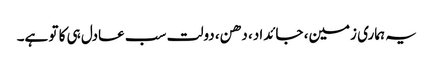
یہ ہماری زمین، جائداد، دھن، دولت سب عادل ہی کا تو ہے۔